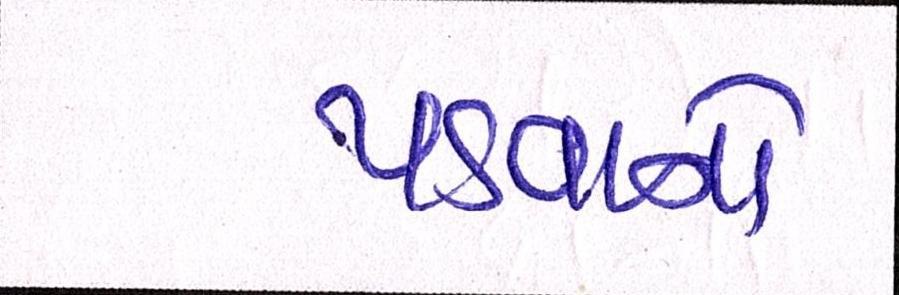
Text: પડવાનો